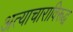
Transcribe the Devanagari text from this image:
अत्याचाराविरूद्ध